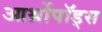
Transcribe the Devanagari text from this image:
आर्थ्रोपॉड्स